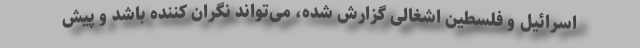
اسرائیل و فلسطین اشغالی گزارش شده، می‌تواند نگران کننده باشد و پیش